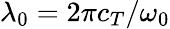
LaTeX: \lambda_{0}=2\pi c_{T}/\omega_{0}